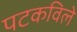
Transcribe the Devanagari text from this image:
पटकविले